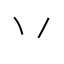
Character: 丷